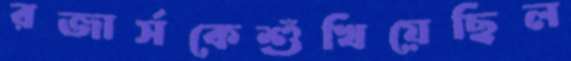
রজার্সকেশুঁখিয়েছিল